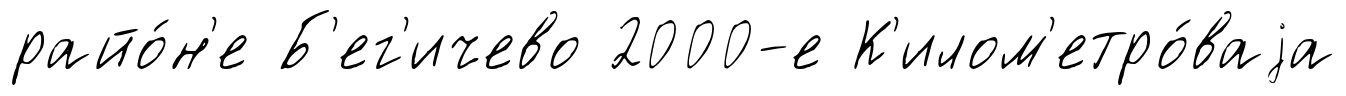
райо́н'е Б'ег'ичево 2000-е К'илом'етро́ваjа